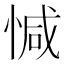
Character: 𢜩